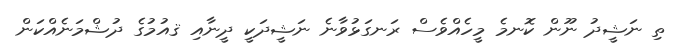
ތި ނަޝީދު ނޫން ކޮނމެ މީހެއްވެސް ރަނގަޅުވާނެ ނަޝީދަކީ ދީނާއި ޤއުމުގެ ދުޝްމަނެއްކަން